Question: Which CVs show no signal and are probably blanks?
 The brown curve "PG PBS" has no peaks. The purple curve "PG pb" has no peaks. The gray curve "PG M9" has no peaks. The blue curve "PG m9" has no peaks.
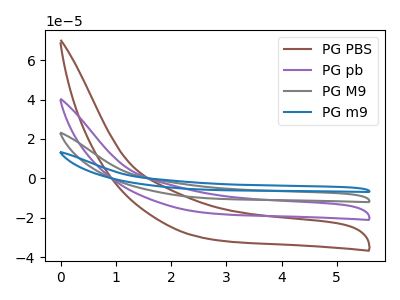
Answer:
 <answer>"PG PBS", "PG pb", "PG M9" and "PG m9" are likely to be blanks.</answer>
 <eval>"PG PBS", "PG pb", "PG M9", "PG m9"</eval>